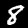
Digit: 8